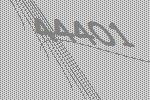
44401